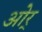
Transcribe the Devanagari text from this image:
ओर्‍